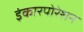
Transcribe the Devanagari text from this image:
इंकारपोरेशन